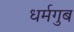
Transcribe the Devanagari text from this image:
धर्मगुब